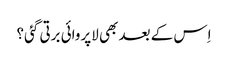
اِس کے بعد بھی لاپروائی برتی گئی؟